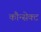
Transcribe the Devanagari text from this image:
कौन्सेक्ट